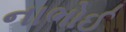
નાભોઈ